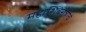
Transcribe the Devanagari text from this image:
महाशिवरात्रीचे